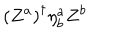
LaTeX: \left( Z ^ { a } \right) ^ { \dagger } \eta _ { b } ^ { a } Z ^ { b }